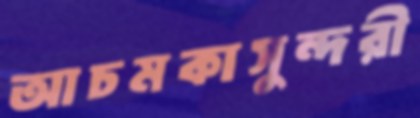
আচমকাসুন্দরী